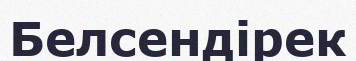
Белсендірек